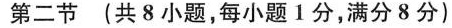
第二节 (共8小题,每小题1分,满分8 分)